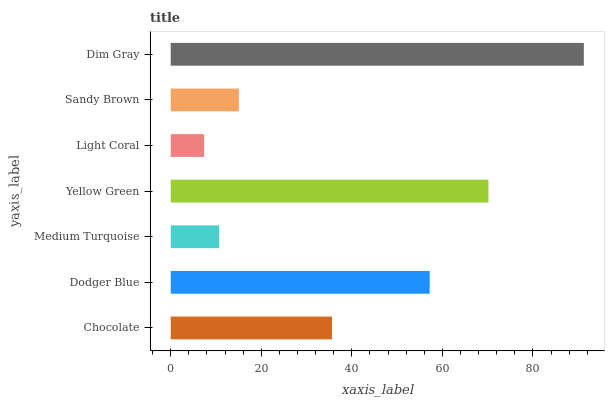
| yaxis_label | bars |
 | --- | --- |
 | Chocolate | 35.6 |
 | Dodger Blue | 57.2 |
 | Medium Turquoise | 10.7 |
 | Yellow Green | 70.2 |
 | Light Coral | 7.38 |
 | Sandy Brown | 15 |
 | Dim Gray | 91.2 |